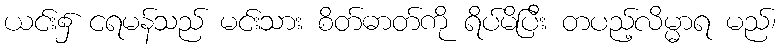
ယင်း၌ ငရမန်သည် မင်းသား စိတ်ဓာတ်ကို ရိပ်မိပြီး တပည့်လိမ္မာရ မည်၊